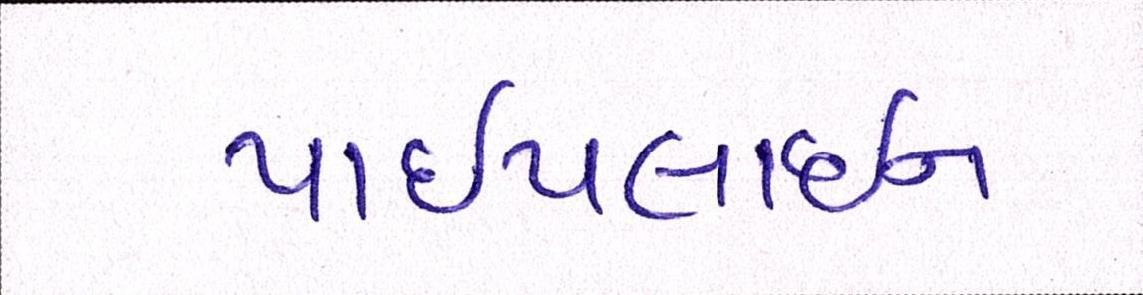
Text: પાઈપલાઈન